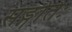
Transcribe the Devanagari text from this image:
सङ्गतिः